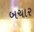
બચાર